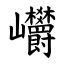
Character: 㠨